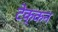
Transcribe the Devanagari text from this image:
टेक्कन